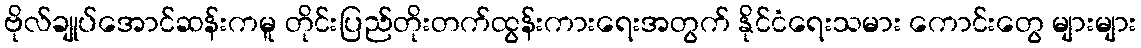
ဗိုလ်ချုပ်အောင်ဆန်းကမူ တိုင်းပြည်တိုးတက်ထွန်းကားရေးအတွက် နိုင်ငံရေးသမား ကောင်းတွေ များများ